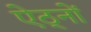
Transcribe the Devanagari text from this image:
ऐठ्नों